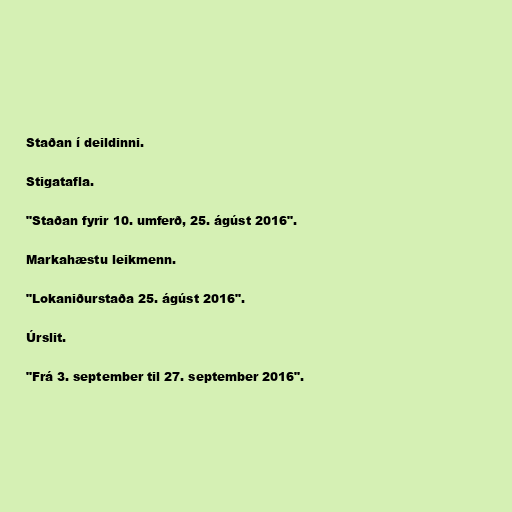
Staðan í deildinni.

Stigatafla.

"Staðan fyrir 10. umferð, 25. ágúst 2016".

Markahæstu leikmenn.

"Lokaniðurstaða 25. ágúst 2016".

Úrslit.

"Frá 3. september til 27. september 2016".